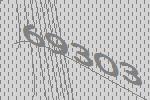
69303